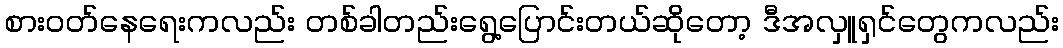
စားဝတ်နေရေးကလည်း တစ်ခါတည်းရွေ့ပြောင်းတယ်ဆိုတော့ ဒီအလှူရှင်တွေကလည်း